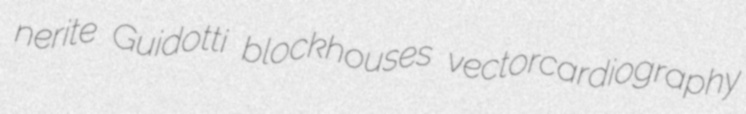
nerite Guidotti blockhouses vectorcardiography